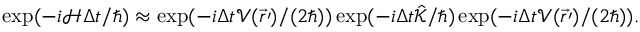
\begin{array} { r } { \exp ( - i \mathcal { H } \Delta t / \hbar ) \approx \exp ( - i \Delta t \mathcal { V } ( \vec { r } \prime ) / ( 2 \hbar ) ) \exp ( - i \Delta t \mathcal { \hat { K } } / \hbar ) \exp ( - i \Delta t \mathcal { V } ( \vec { r } \prime ) / ( 2 \hbar ) ) . } \end{array}